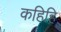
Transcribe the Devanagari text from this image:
कहिहि